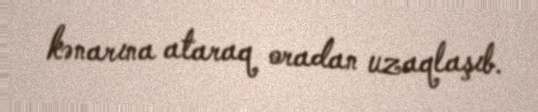
kənarına ataraq oradan uzaqlaşıb.